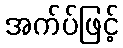
အက်ပ်ဖြင့်